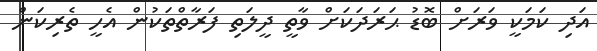
އަދި ކަމަކީ ވަރަށް ބޮޑު ޙަރަދަކަށް ވާތީ ދީލަތި ފަރާތްތަކުން އެހީ ތެރިކަން